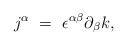
\begin{align*}j^{\alpha}~=~{\epsilon}^{\alpha \beta}{\partial}_{\beta}k,\end{align*}